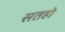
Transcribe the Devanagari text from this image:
सतहो